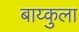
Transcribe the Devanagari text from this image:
बाय्कुला